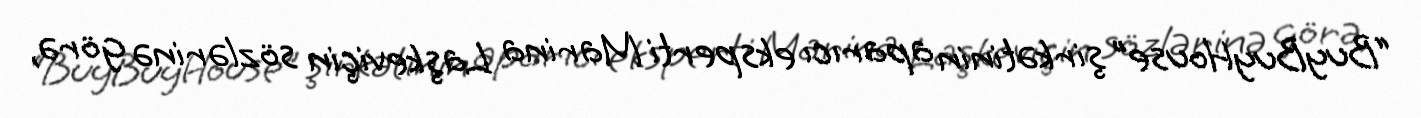
“BuyBuyHouse” şirkətinin aparıcı eksperti Marina Laşkeviçin sözlərinə görə,